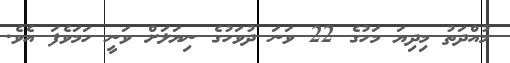
މުއްދަތު މިދިޔަ މަހުގެ 22 ވަނަ ދުވަހުގެ ނިޔަލަށް ވަނީ ހަމަވެފަ އެވެ.